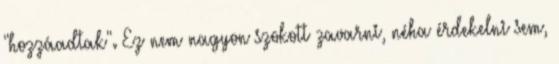
"hozzáadtak". Ez nem nagyon szokott zavarni, néha érdekelni sem,